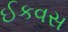
ઈકવસ